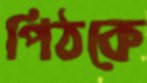
পিঠকে